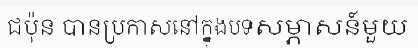
ជប៉ុន បានប្រកាសនៅក្នុងបទសម្ភាសន៍មួយ